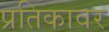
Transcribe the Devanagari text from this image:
प्रतिकावर